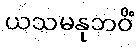
ယသမနုဘဝိံ